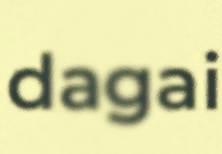
dagai